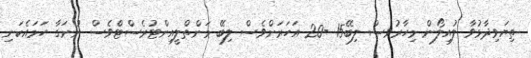
ތިޔަވިދާޅުވާ ލުއިލޯން މިހާރުވސް ލިބޭ15 -20 އަހަރަށްވެސް ލިބޭ މަންތްލީއިންޓުރެސްޓެްވެސް ނުނަގާ ހަމައެކަނި